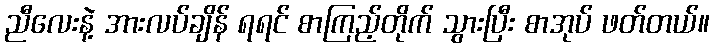
ညီလေးနဲ့ အားလပ်ချိန် ရရင် စာကြည့်တိုက် သွားပြီး စာအုပ် ဖတ်တယ်။